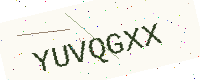
Text: YUVQGXX